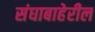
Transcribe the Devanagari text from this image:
संघाबाहेरील